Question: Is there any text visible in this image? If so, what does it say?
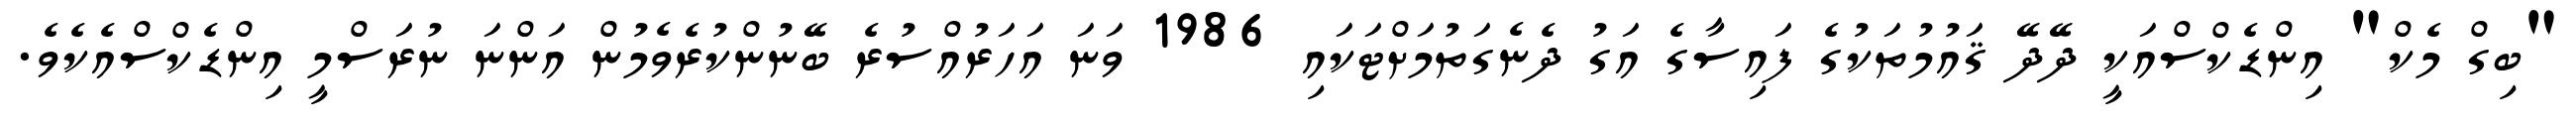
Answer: "ބިގް މެކް" އިންޑެކްސްއަކީ ދޭދޭ ޤައުމުތަކުގެ ފައިސާގެ އަގު ދެނެގަތުމަށްޓަކައި 1986 ވަނަ އަހަރުއްސުރެ ބޭނުންކުރެވެމުން އަންނަ ނުރަސްމީ އިންޑެކްސްއެކެވެ.